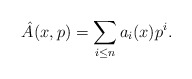
\begin{align*}\hat A(x,p) = \sum_{i\leq n} a_i(x)p^i. \end{align*}